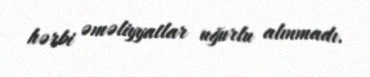
hərbi əməliyyatlar uğurlu alınmadı.